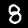
Digit: 8